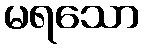
မရသော